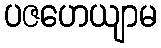
ပဇဟေယျာမ